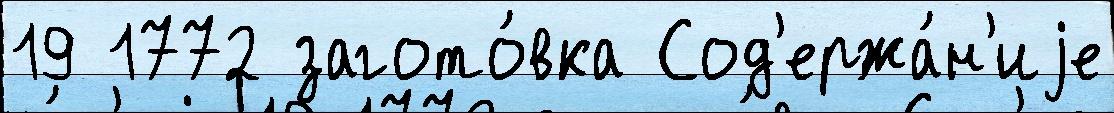
19 1772 загото́вка Сод'ержа́н'иjе